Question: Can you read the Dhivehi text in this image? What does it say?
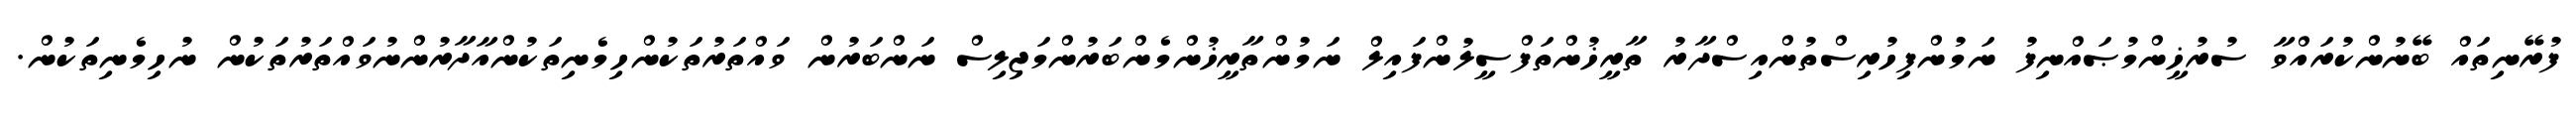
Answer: ފުރޭނިތައް ބޭނުންކުރައްވާ ސުރުޚީންމުޞައްނިފު ނަމުންފިހުރިސްތުންއިސްދާރު ތާރީޚުންތަފްސީލުންފައިލް ނަމުންތާރީޚުންމެންބަރުންމަޖިލިސް ނަންބަރުން ވައްތަރުތަކުންހިމެނިތަކުންއާދާރުންނުވައްތަރުތަކުން ނުހިމެނިތަކުން.